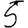
Digit: 5